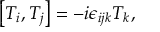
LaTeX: \left[ T _ { i } , T _ { j } \right] = - i \epsilon _ { i j k } T _ { k } ,